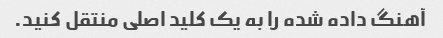
آهنگ داده شده را به یک کلید اصلی منتقل کنید.